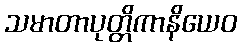
သမာတာပုတ္တိကာနိယေဝ